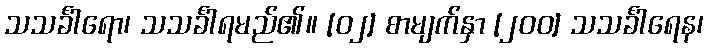
သသင်္ခါရော၊ သသင်္ခါရမည်၏။ [၀၂] စာမျက်နှာ [၂၀၀] သသင်္ခါရေန၊